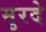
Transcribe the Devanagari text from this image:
मुरदे